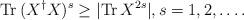
LaTeX: \begin{align*} {\rm Tr} \, (X^\dagger X)^s \ge | {\rm Tr} \, X^{2s} |, s=1,2,\dots. \end{align*}